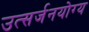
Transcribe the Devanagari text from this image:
उत्सर्जनयोग्य